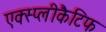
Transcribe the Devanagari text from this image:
एक्स्प्लीकैटिफ